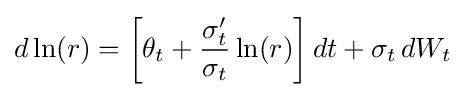
d\ln(r)=\left[\theta _{t}+{\frac {\sigma '_{t}}{\sigma _{t}}}\ln(r)\right]dt+\sigma _{t}\,dW_{t}